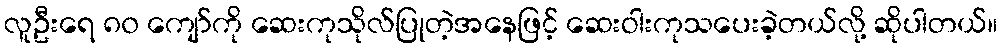
လူဦးရေ ၈၀ ကျော်ကို ဆေးကုသိုလ်ပြုတဲ့အနေဖြင့် ဆေးဝါးကုသပေးခဲ့တယ်လို့ ဆိုပါတယ်။